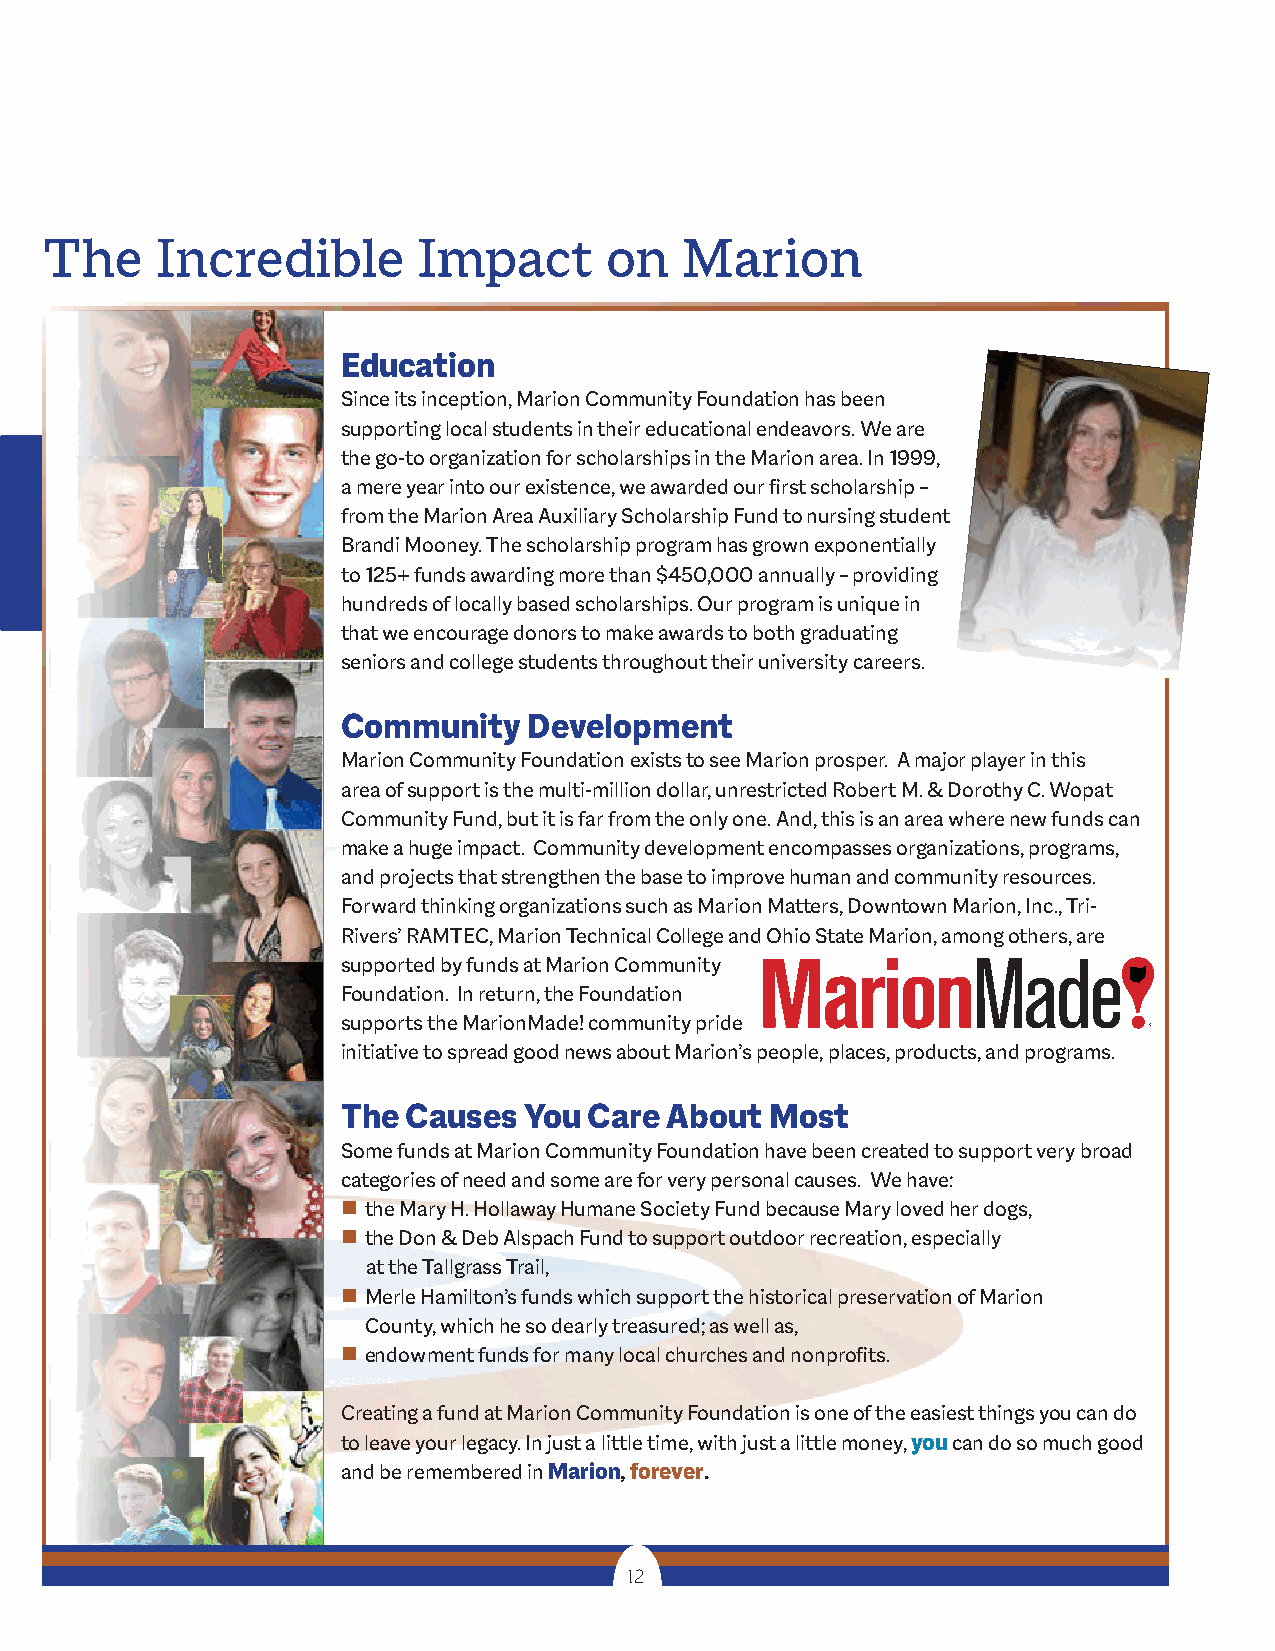
The    Incredible        Impact      on   Marion
 Education
 Since its inception, Marion Community Foundation has been
 supporting local students in their educational endeavors. We are
 the go-to organization for scholarships in the Marion area. In 1999,
 a mere year into our existence, we awarded our first scholarship –
 from the Marion Area Auxiliary Scholarship Fund to nursing student
 Brandi Mooney. The scholarship program has grown exponentially
 to 125+ funds awarding more than $450,000 annually – providing
 hundreds of locally based scholarships. Our program is unique in
 that we encourage donors to make awards to both graduating
 seniors and college students throughout their university careers.
 Community   Development
 Marion Community Foundation exists to see Marion prosper. A major player in this
 area of support is the multi-million dollar, unrestricted Robert M. & Dorothy C. Wopat
 Community Fund, but it is far from the only one. And, this is an area where new funds can
 make a huge impact. Community development encompasses organizations, programs,
 and projects that strengthen the base to improve human and community resources.
 Forward thinking organizations such as Marion Matters, Downtown Marion, Inc., Tri-
 Rivers’ RAMTEC, Marion Technical College and Ohio State Marion, among others, are
 supported by funds at Marion Community
 Foundation. In return, the Foundation
 supports the MarionMade! community pride
 initiative to spread good news about Marion’s people, places, products, and programs.
 The Causes  You Care About  Most
 Some funds at Marion Community Foundation have been created to support very broad
 categories of need and some are for very personal causes. We have:
 n the Mary H. Hollaway Humane Society Fund because Mary loved her dogs,
 n the Don & Deb Alspach Fund to support outdoor recreation, especially
 at the Tallgrass Trail,
 n Merle Hamilton’s funds which support the historical preservation of Marion
 County, which he so dearly treasured; as well as,
 n endowment funds for many local churches and nonprofits.
 Creating a fund at Marion Community Foundation is one of the easiest things you can do
 to leave your legacy. In just a little time, with just a little money, you can do so much good
 and be remembered in Marion, forever.
 12